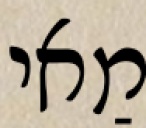
מַאי